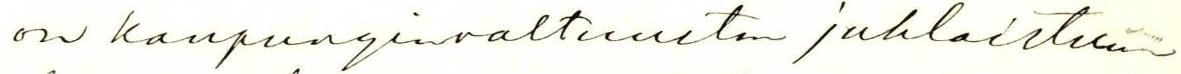
on kaupunginvaltuuston juhlaistun-